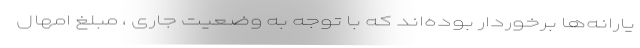
یارانه‌ها برخوردار بوده‌اند که با توجه به وضعیت جاری ، مبلغ امهال